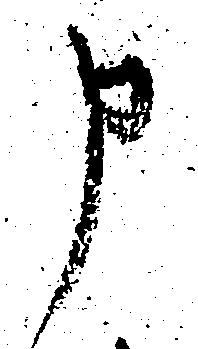
申